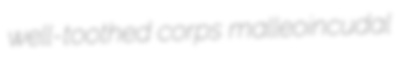
well-toothed corps malleoincudal